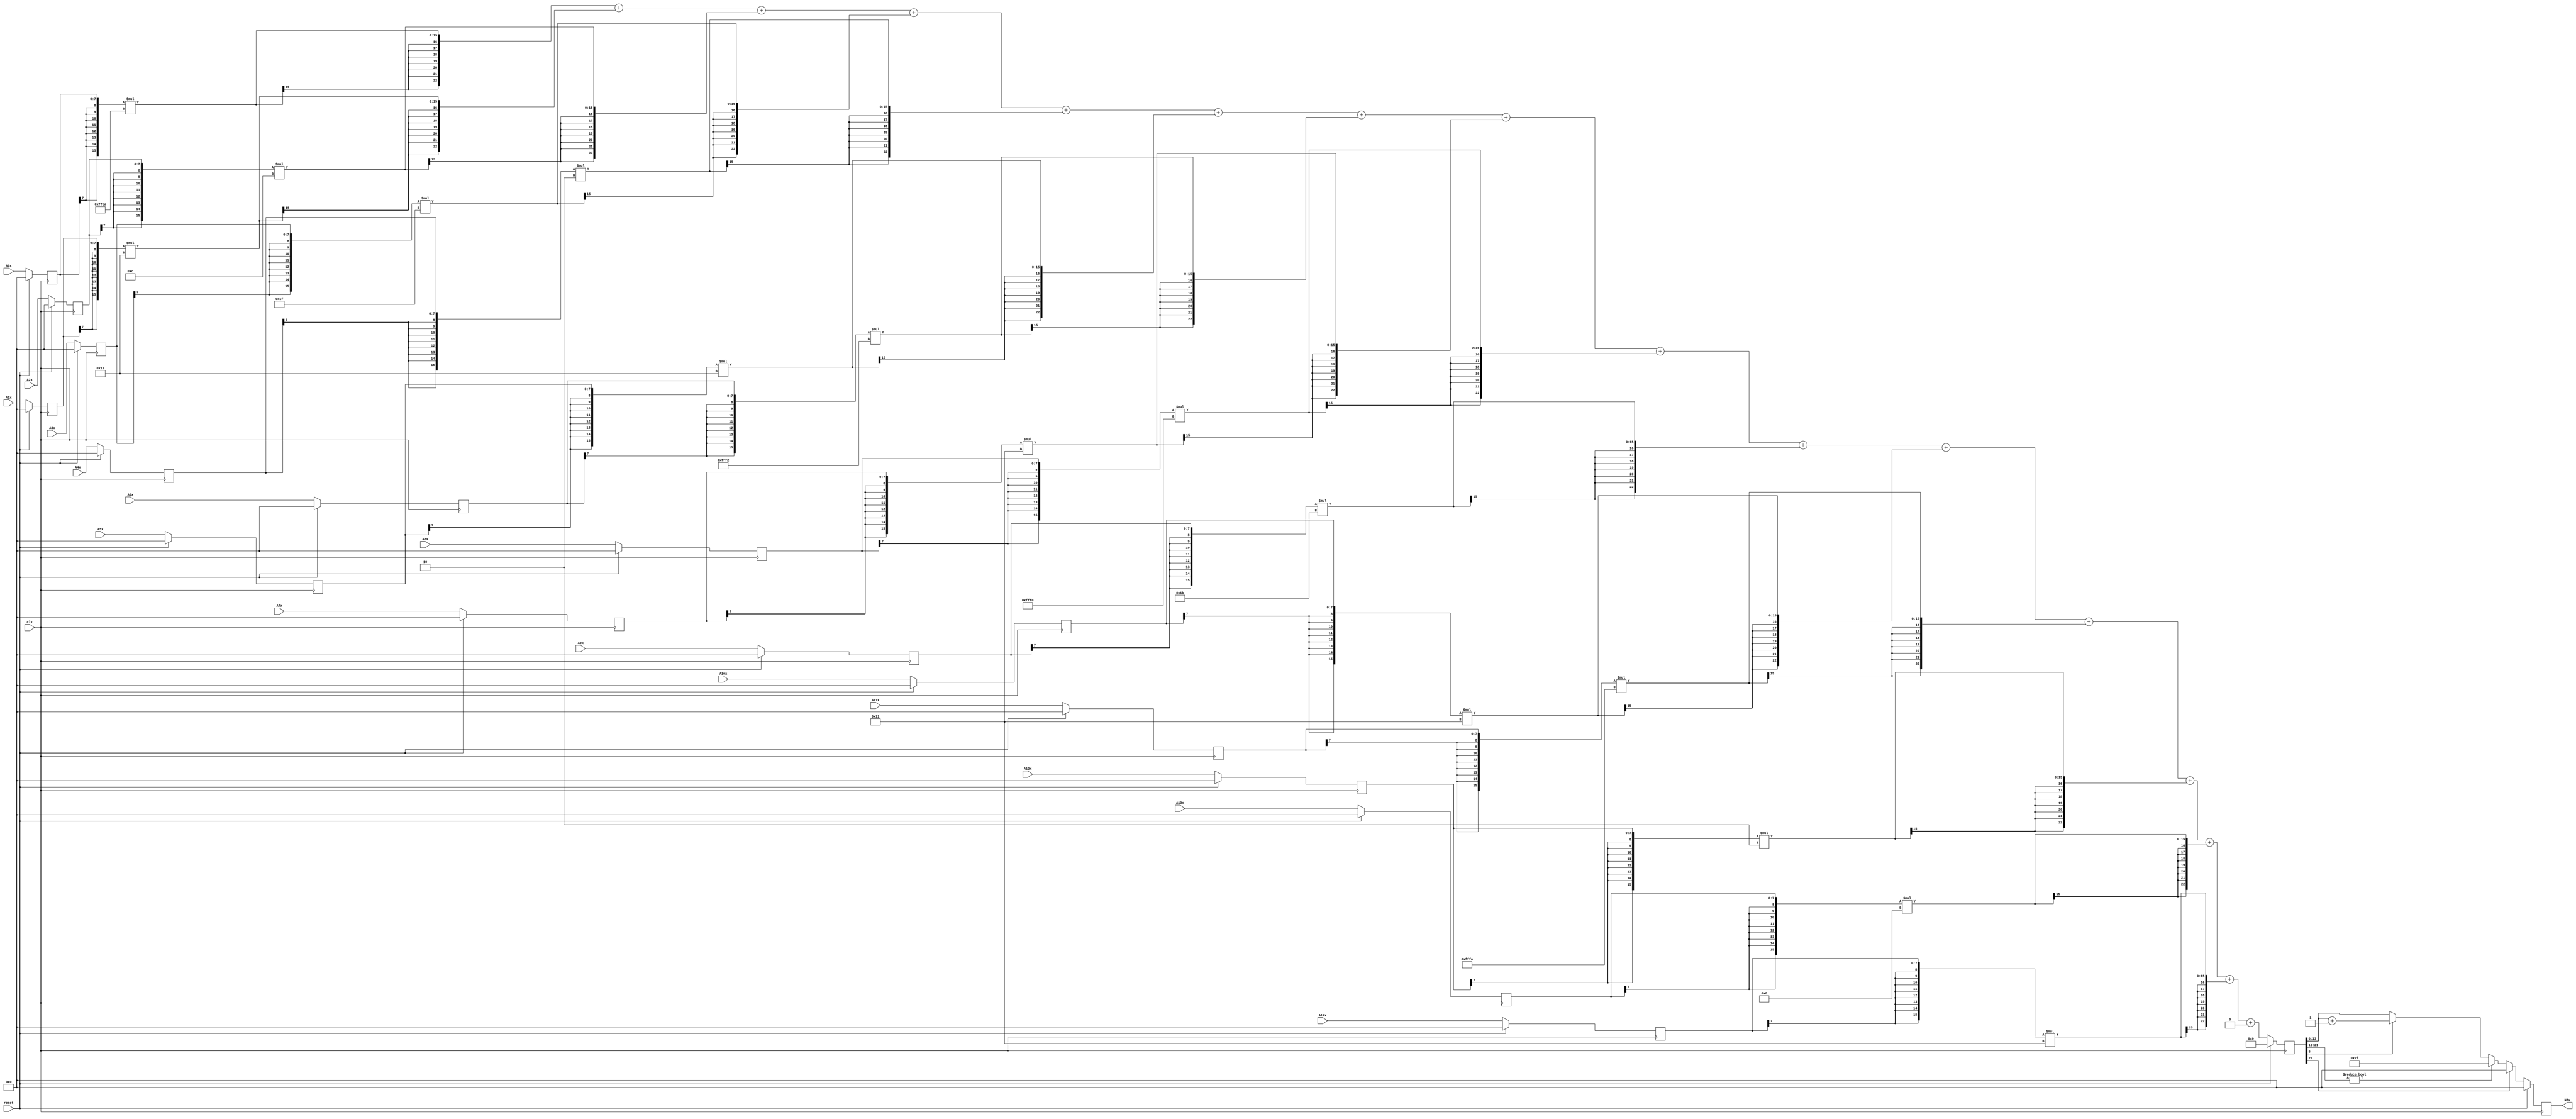
module node_6_8(clk,reset,N8x,A0x,A1x,A2x,A3x,A4x,A5x,A6x,A7x,A8x,A9x,A10x,A11x,A12x,A13x,A14x);
	input clk;
	input reset;
	input [7:0] A0x, A1x, A2x, A3x, A4x, A5x, A6x, A7x, A8x, A9x, A10x, A11x, A12x, A13x, A14x;
	reg [7:0] A0x_c, A1x_c, A2x_c, A3x_c, A4x_c, A5x_c, A6x_c, A7x_c, A8x_c, A9x_c, A10x_c, A11x_c, A12x_c, A13x_c, A14x_c;
	wire [15:0] sum0x, sum1x, sum2x, sum3x, sum4x, sum5x, sum6x, sum7x, sum8x, sum9x, sum10x, sum11x, sum12x, sum13x, sum14x;
	output reg [7:0] N8x;
	reg [22:0] sumout;

	parameter [7:0] W0x=-8'd22;
	parameter [7:0] W1x=8'd19;
	parameter [7:0] W2x=8'd12;
	parameter [7:0] W3x=8'd31;
	parameter [7:0] W4x=8'd2;
	parameter [7:0] W5x=8'd19;
	parameter [7:0] W6x=-8'd14;
	parameter [7:0] W7x=8'd17;
	parameter [7:0] W8x=-8'd16;
	parameter [7:0] W9x=8'd27;
	parameter [7:0] W10x=8'd17;
	parameter [7:0] W11x=-8'd6;
	parameter [7:0] W12x=8'd2;
	parameter [7:0] W13x=8'd8;
	parameter [7:0] W14x=8'd17;
	parameter [15:0] B0x=16'd0;


	assign sum0x = {A0x_c[7],A0x_c[7],A0x_c[7],A0x_c[7],A0x_c[7],A0x_c[7],A0x_c[7],A0x_c[7],A0x_c}*{W0x[7],W0x[7],W0x[7],W0x[7],W0x[7],W0x[7],W0x[7],W0x[7],W0x};
	assign sum1x = {A1x_c[7],A1x_c[7],A1x_c[7],A1x_c[7],A1x_c[7],A1x_c[7],A1x_c[7],A1x_c[7],A1x_c}*{W1x[7],W1x[7],W1x[7],W1x[7],W1x[7],W1x[7],W1x[7],W1x[7],W1x};
	assign sum2x = {A2x_c[7],A2x_c[7],A2x_c[7],A2x_c[7],A2x_c[7],A2x_c[7],A2x_c[7],A2x_c[7],A2x_c}*{W2x[7],W2x[7],W2x[7],W2x[7],W2x[7],W2x[7],W2x[7],W2x[7],W2x};
	assign sum3x = {A3x_c[7],A3x_c[7],A3x_c[7],A3x_c[7],A3x_c[7],A3x_c[7],A3x_c[7],A3x_c[7],A3x_c}*{W3x[7],W3x[7],W3x[7],W3x[7],W3x[7],W3x[7],W3x[7],W3x[7],W3x};
	assign sum4x = {A4x_c[7],A4x_c[7],A4x_c[7],A4x_c[7],A4x_c[7],A4x_c[7],A4x_c[7],A4x_c[7],A4x_c}*{W4x[7],W4x[7],W4x[7],W4x[7],W4x[7],W4x[7],W4x[7],W4x[7],W4x};
	assign sum5x = {A5x_c[7],A5x_c[7],A5x_c[7],A5x_c[7],A5x_c[7],A5x_c[7],A5x_c[7],A5x_c[7],A5x_c}*{W5x[7],W5x[7],W5x[7],W5x[7],W5x[7],W5x[7],W5x[7],W5x[7],W5x};
	assign sum6x = {A6x_c[7],A6x_c[7],A6x_c[7],A6x_c[7],A6x_c[7],A6x_c[7],A6x_c[7],A6x_c[7],A6x_c}*{W6x[7],W6x[7],W6x[7],W6x[7],W6x[7],W6x[7],W6x[7],W6x[7],W6x};
	assign sum7x = {A7x_c[7],A7x_c[7],A7x_c[7],A7x_c[7],A7x_c[7],A7x_c[7],A7x_c[7],A7x_c[7],A7x_c}*{W7x[7],W7x[7],W7x[7],W7x[7],W7x[7],W7x[7],W7x[7],W7x[7],W7x};
	assign sum8x = {A8x_c[7],A8x_c[7],A8x_c[7],A8x_c[7],A8x_c[7],A8x_c[7],A8x_c[7],A8x_c[7],A8x_c}*{W8x[7],W8x[7],W8x[7],W8x[7],W8x[7],W8x[7],W8x[7],W8x[7],W8x};
	assign sum9x = {A9x_c[7],A9x_c[7],A9x_c[7],A9x_c[7],A9x_c[7],A9x_c[7],A9x_c[7],A9x_c[7],A9x_c}*{W9x[7],W9x[7],W9x[7],W9x[7],W9x[7],W9x[7],W9x[7],W9x[7],W9x};
	assign sum10x = {A10x_c[7],A10x_c[7],A10x_c[7],A10x_c[7],A10x_c[7],A10x_c[7],A10x_c[7],A10x_c[7],A10x_c}*{W10x[7],W10x[7],W10x[7],W10x[7],W10x[7],W10x[7],W10x[7],W10x[7],W10x};
	assign sum11x = {A11x_c[7],A11x_c[7],A11x_c[7],A11x_c[7],A11x_c[7],A11x_c[7],A11x_c[7],A11x_c[7],A11x_c}*{W11x[7],W11x[7],W11x[7],W11x[7],W11x[7],W11x[7],W11x[7],W11x[7],W11x};
	assign sum12x = {A12x_c[7],A12x_c[7],A12x_c[7],A12x_c[7],A12x_c[7],A12x_c[7],A12x_c[7],A12x_c[7],A12x_c}*{W12x[7],W12x[7],W12x[7],W12x[7],W12x[7],W12x[7],W12x[7],W12x[7],W12x};
	assign sum13x = {A13x_c[7],A13x_c[7],A13x_c[7],A13x_c[7],A13x_c[7],A13x_c[7],A13x_c[7],A13x_c[7],A13x_c}*{W13x[7],W13x[7],W13x[7],W13x[7],W13x[7],W13x[7],W13x[7],W13x[7],W13x};
	assign sum14x = {A14x_c[7],A14x_c[7],A14x_c[7],A14x_c[7],A14x_c[7],A14x_c[7],A14x_c[7],A14x_c[7],A14x_c}*{W14x[7],W14x[7],W14x[7],W14x[7],W14x[7],W14x[7],W14x[7],W14x[7],W14x};

	always@(posedge clk) begin

		if(reset)
			begin
			N8x<=8'd0;
			sumout<=16'd0;
			A0x_c <= 8'd0;
			A1x_c <= 8'd0;
			A2x_c <= 8'd0;
			A3x_c <= 8'd0;
			A4x_c <= 8'd0;
			A5x_c <= 8'd0;
			A6x_c <= 8'd0;
			A7x_c <= 8'd0;
			A8x_c <= 8'd0;
			A9x_c <= 8'd0;
			A10x_c <= 8'd0;
			A11x_c <= 8'd0;
			A12x_c <= 8'd0;
			A13x_c <= 8'd0;
			A14x_c <= 8'd0;
			end
		else
			begin
			A0x_c <= A0x;
			A1x_c <= A1x;
			A2x_c <= A2x;
			A3x_c <= A3x;
			A4x_c <= A4x;
			A5x_c <= A5x;
			A6x_c <= A6x;
			A7x_c <= A7x;
			A8x_c <= A8x;
			A9x_c <= A9x;
			A10x_c <= A10x;
			A11x_c <= A11x;
			A12x_c <= A12x;
			A13x_c <= A13x;
			A14x_c <= A14x;
			sumout<={sum0x[15],sum0x[15],sum0x[15],sum0x[15],sum0x[15],sum0x[15],sum0x[15],sum0x}+{sum1x[15],sum1x[15],sum1x[15],sum1x[15],sum1x[15],sum1x[15],sum1x[15],sum1x}+{sum2x[15],sum2x[15],sum2x[15],sum2x[15],sum2x[15],sum2x[15],sum2x[15],sum2x}+{sum3x[15],sum3x[15],sum3x[15],sum3x[15],sum3x[15],sum3x[15],sum3x[15],sum3x}+{sum4x[15],sum4x[15],sum4x[15],sum4x[15],sum4x[15],sum4x[15],sum4x[15],sum4x}+{sum5x[15],sum5x[15],sum5x[15],sum5x[15],sum5x[15],sum5x[15],sum5x[15],sum5x}+{sum6x[15],sum6x[15],sum6x[15],sum6x[15],sum6x[15],sum6x[15],sum6x[15],sum6x}+{sum7x[15],sum7x[15],sum7x[15],sum7x[15],sum7x[15],sum7x[15],sum7x[15],sum7x}+{sum8x[15],sum8x[15],sum8x[15],sum8x[15],sum8x[15],sum8x[15],sum8x[15],sum8x}+{sum9x[15],sum9x[15],sum9x[15],sum9x[15],sum9x[15],sum9x[15],sum9x[15],sum9x}+{sum10x[15],sum10x[15],sum10x[15],sum10x[15],sum10x[15],sum10x[15],sum10x[15],sum10x}+{sum11x[15],sum11x[15],sum11x[15],sum11x[15],sum11x[15],sum11x[15],sum11x[15],sum11x}+{sum12x[15],sum12x[15],sum12x[15],sum12x[15],sum12x[15],sum12x[15],sum12x[15],sum12x}+{sum13x[15],sum13x[15],sum13x[15],sum13x[15],sum13x[15],sum13x[15],sum13x[15],sum13x}+{sum14x[15],sum14x[15],sum14x[15],sum14x[15],sum14x[15],sum14x[15],sum14x[15],sum14x}+{B0x[15],B0x[15],B0x[15],B0x[15],B0x[15],B0x[15],B0x[15],B0x};

			if(sumout[22]==0)
				begin
				if(sumout[21:13]!=9'b0)
					N8x<=8'd127;
				else
					begin
					if(sumout[5]==1)
						N8x<=sumout[13:6]+8'd1;
					else
						N8x<=sumout[13:6];
					end
				end
			else
				N8x<=8'd0;
			end
		end
endmodule